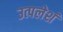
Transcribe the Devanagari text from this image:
उत्पलेशं